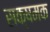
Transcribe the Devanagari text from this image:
सक्षमक